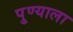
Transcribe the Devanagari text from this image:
पु्ण्याला